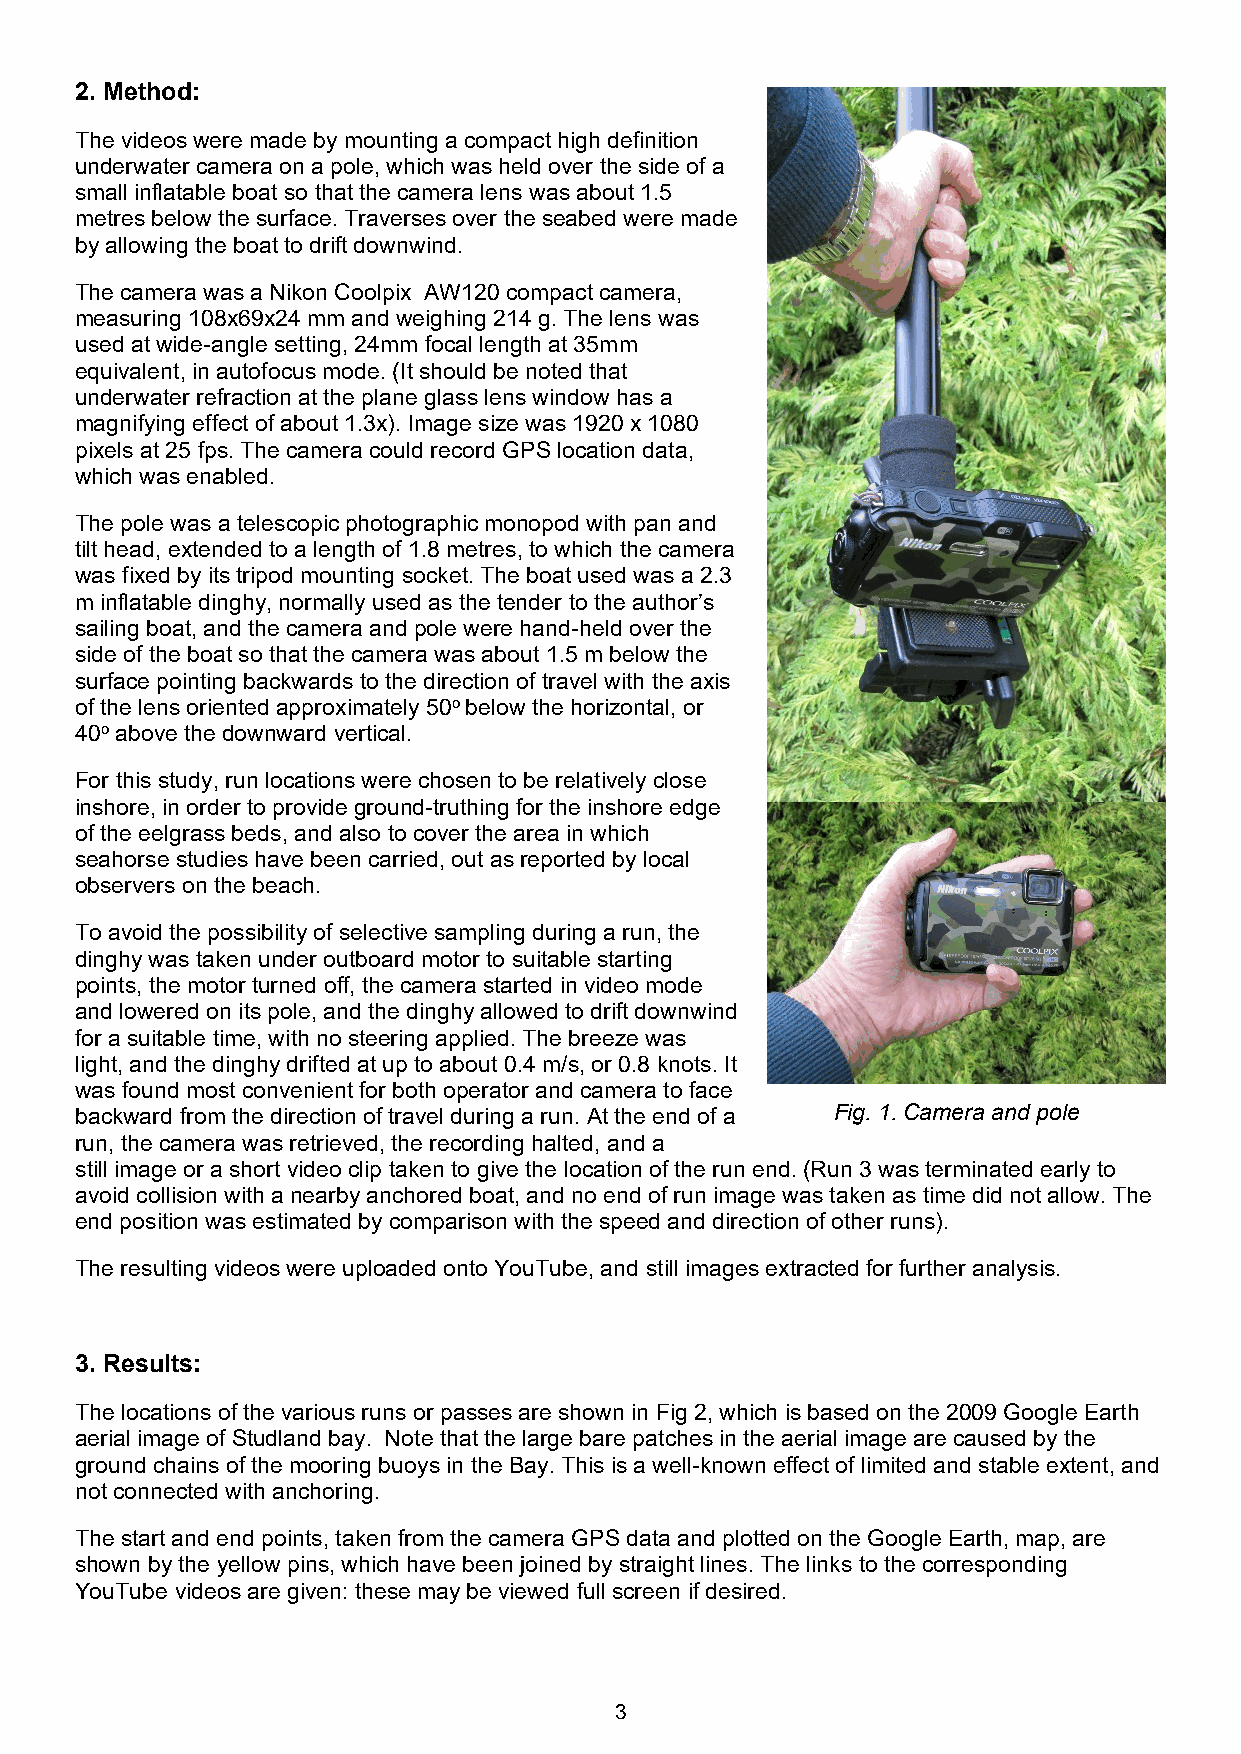
2. Method:
 The videos were made by mounting a compact high definition
 underwater camera on a pole, which was held over the side of a
 small inflatable boat so that the camera lens was about 1.5
 metres below the surface. Traverses over the seabed were made
 by allowing the boat to drift downwind.
 The camera was a Nikon Coolpix AW120 compact camera,
 measuring 108x69x24 mm and weighing 214 g. The lens was
 used at wide-angle setting, 24mm focal length at 35mm
 equivalent, in autofocus mode. (It should be noted that
 underwater refraction at the plane glass lens window has a
 magnifying effect of about 1.3x). Image size was 1920 x 1080
 pixels at 25 fps. The camera could record GPS location data,
 which was enabled.
 The pole was a telescopic photographic monopod with pan and
 tilt head, extended to a length of 1.8 metres, to which the camera
 was fixed by its tripod mounting socket. The boat used was a 2.3
 m inflatable dinghy, normally used as the tender to the author’s
 sailing boat, and the camera and pole were hand-held over the
 side of the boat so that the camera was about 1.5 m below the
 surface pointing backwards to the direction of travel with the axis
 of the lens oriented approximately 50o below the horizontal, or
 40o above the downward vertical.
 For this study, run locations were chosen to be relatively close
 inshore, in order to provide ground-truthing for the inshore edge
 of the eelgrass beds, and also to cover the area in which
 seahorse studies have been carried, out as reported by local
 observers on the beach.
 To avoid the possibility of selective sampling during a run, the
 dinghy was taken under outboard motor to suitable starting
 points, the motor turned off, the camera started in video mode
 and lowered on its pole, and the dinghy allowed to drift downwind
 for a suitable time, with no steering applied. The breeze was
 light, and the dinghy drifted at up to about 0.4 m/s, or 0.8 knots. It
 was found most convenient for both operator and camera to face
 backward from the direction of travel during a run. At the end of a Fig. 1. Camera and pole
 run, the camera was retrieved, the recording halted, and a
 still image or a short video clip taken to give the location of the run end. (Run 3 was terminated early to
 avoid collision with a nearby anchored boat, and no end of run image was taken as time did not allow. The
 end position was estimated by comparison with the speed and direction of other runs).
 The resulting videos were uploaded onto YouTube, and still images extracted for further analysis.
 3. Results:
 The locations of the various runs or passes are shown in Fig 2, which is based on the 2009 Google Earth
 aerial image of Studland bay. Note that the large bare patches in the aerial image are caused by the
 ground chains of the mooring buoys in the Bay. This is a well-known effect of limited and stable extent, and
 not connected with anchoring.
 The start and end points, taken from the camera GPS data and plotted on the Google Earth, map, are
 shown by the yellow pins, which have been joined by straight lines. The links to the corresponding
 YouTube videos are given: these may be viewed full screen if desired.
 3